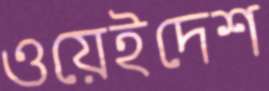
ওয়েইদেশ